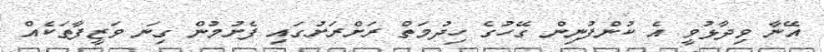
އޭނާ ވިދާޅުވީ އެ ކުންފުނިން ގޭހުގެ ހިދުމަތް ރަށްރަށުގައި ފެށުމުން ގިނަ ވަޒީފާތަކެއް